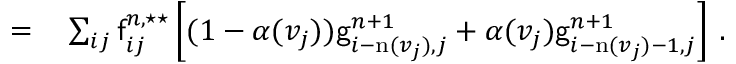
\begin{array} { r l } { = } & { { } \sum _ { i j } \mathsf { f } _ { i j } ^ { n , \star \star } \left[ ( 1 - \alpha ( v _ { j } ) ) \mathsf { g } _ { i - \mathrm { n } ( v _ { j } ) , j } ^ { n + 1 } + \alpha ( v _ { j } ) \mathsf { g } _ { i - \mathrm { n } ( v _ { j } ) - 1 , j } ^ { n + 1 } \right] \, . } \end{array}